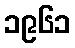
၁၉၆၁